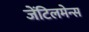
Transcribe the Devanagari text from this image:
जेंटिलमेन्स